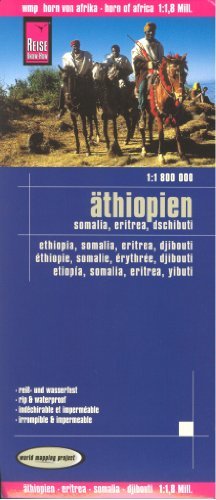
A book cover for Horn of Africa: Ethiopia - Eritrea - Somalia - Djibouti 1:1,800,000 Travel Map, waterproof, GPS-compatible, REISE; Reise Knowhow; Travel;